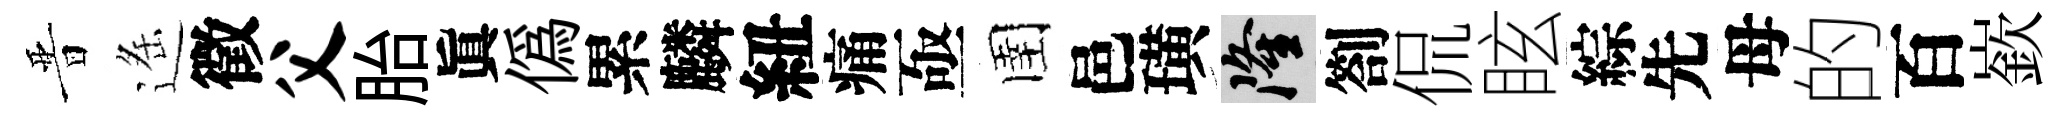
晋遥徵父胎眞僞累麟紐痛亟圉邑璜隆劄侃眩綜先母的百嶔